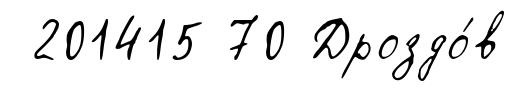
201415 70 Дроздо́в